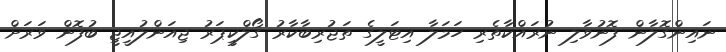
ނައިންގޮލާން ފޮނުވާލި ނުރައްކާތެރި ހަމަލާ އިޓަލީގެ ތަޖުރިބާކާރު ގޯލްކީޕަރު ޖިއަންލުއީޖީ ބުފޮން ވަރަށް